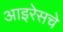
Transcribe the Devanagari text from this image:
आइरेसचे